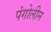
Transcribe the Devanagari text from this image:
पंगोलीन